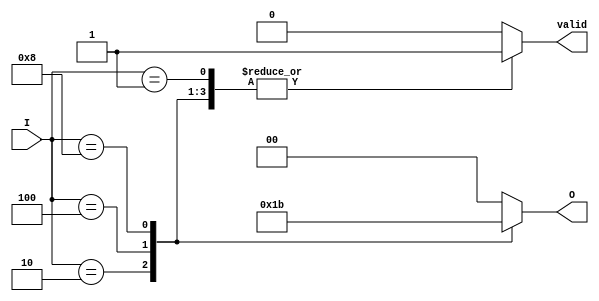
module binary_encoder (
    input wire [3:0] I,    // 4 input lines
    output reg [1:0] O,    // 2 output lines
    output reg valid        // Indicates if the output is valid
);

    always @(*) begin
        // Default output
        O = 2'b00;
        valid = 1'b0; // Default to invalid

        case (I)
            4'b0001: begin
                O = 2'b00; // I0 is active
                valid = 1'b1;
            end
            4'b0010: begin
                O = 2'b01; // I1 is active
                valid = 1'b1;
            end
            4'b0100: begin
                O = 2'b10; // I2 is active
                valid = 1'b1;
            end
            4'b1000: begin
                O = 2'b11; // I3 is active
                valid = 1'b1;
            end
            default: begin
                O = 2'b00; // Default output for invalid state
                valid = 1'b0; // No valid input
            end
        endcase
    end

endmodule